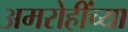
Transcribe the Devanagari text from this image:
अमरोहींच्या